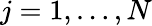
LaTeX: j=1,\dots,N